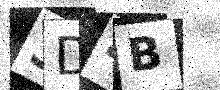
Text: 3D4B